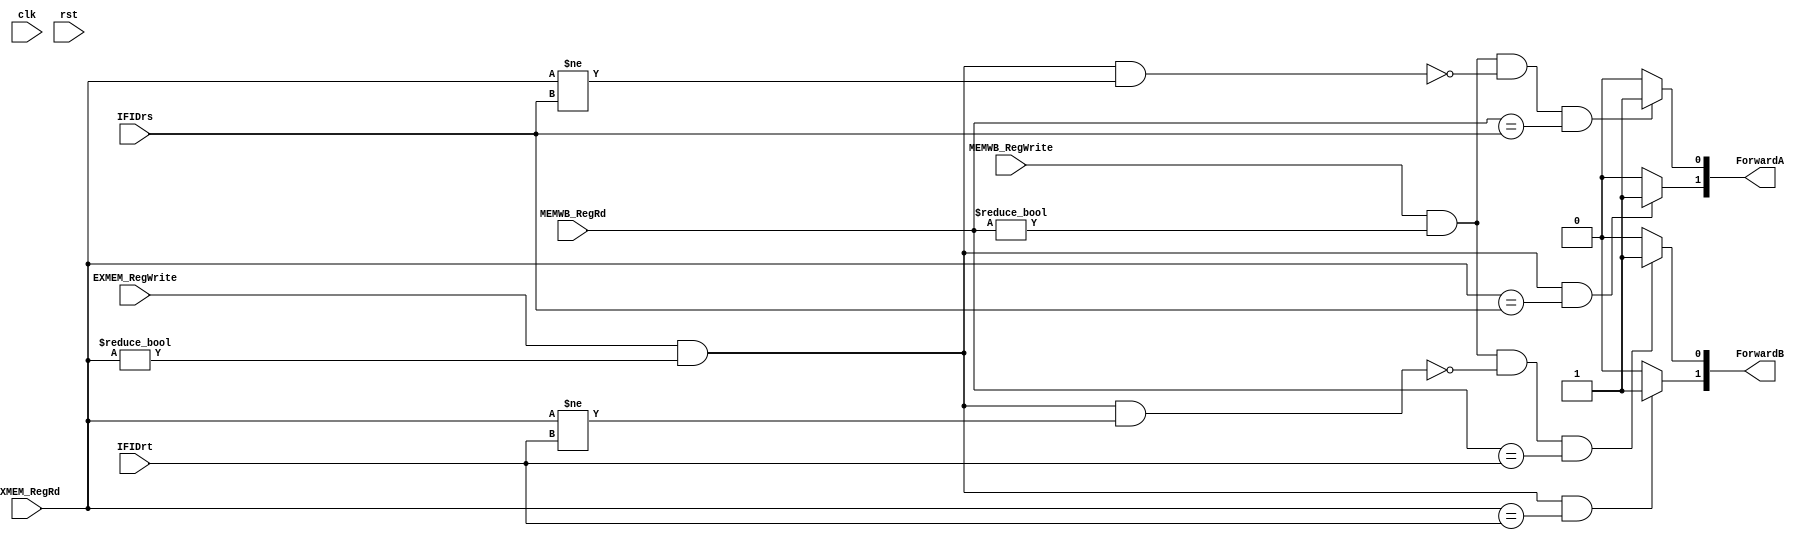
module forwardUnit(clk,rst,ForwardA,ForwardB,EXMEM_RegWrite, MEMWB_RegWrite, MEMWB_RegRd, EXMEM_RegRd, IFIDrt, IFIDrs);
input clk,rst;
input EXMEM_RegWrite, MEMWB_RegWrite;
input [2:0] IFIDrt,IFIDrs, EXMEM_RegRd, MEMWB_RegRd;
output [1:0] ForwardA, ForwardB;

assign ForwardA[1] =  (EXMEM_RegWrite & EXMEM_RegRd != 0 & EXMEM_RegRd == IFIDrs)? 1'b1: 1'b0; 
assign ForwardB[1] =  (EXMEM_RegWrite & EXMEM_RegRd != 0 & EXMEM_RegRd == IFIDrt)? 1'b1: 1'b0;

assign ForwardA[0] = ((MEMWB_RegWrite & MEMWB_RegRd != 0) & ~(EXMEM_RegWrite & EXMEM_RegRd != 0 & EXMEM_RegRd != IFIDrs) & (MEMWB_RegRd == IFIDrs)) ? 1'b1:1'b0 ;
assign ForwardB[0] = (MEMWB_RegWrite & MEMWB_RegRd != 0 & ~(EXMEM_RegWrite & EXMEM_RegRd != 0 & EXMEM_RegRd != IFIDrt) & MEMWB_RegRd == IFIDrt) ? 1'b1:1'b0 ;


endmodule